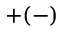
+ ( - )